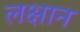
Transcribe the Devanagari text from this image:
लक्षान